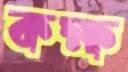
কক্ষ